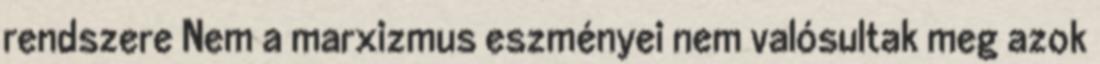
rendszere Nem a marxizmus eszményei nem valósultak meg azok